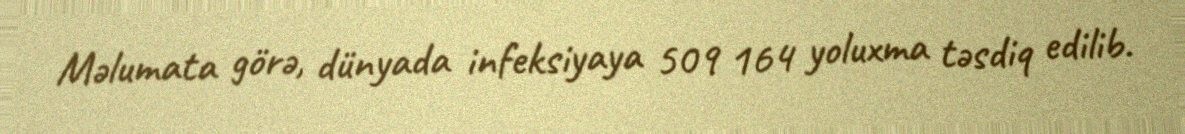
Məlumata görə, dünyada infeksiyaya 509 164 yoluxma təsdiq edilib.